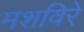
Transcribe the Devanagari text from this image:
मशविरे